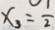
x _ { 3 } = \frac { 1 } { 2 }